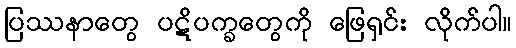
ပြဿနာတွေ ပဋိပက္ခတွေကို ဖြေရှင်း လိုက်ပါ။